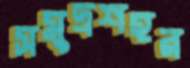
সমুদ্রশহর